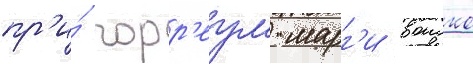
пр'и́ горр'еум марг'и воиско